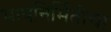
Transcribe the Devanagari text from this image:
भाषनिर्मितीचा